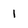
Character: 1